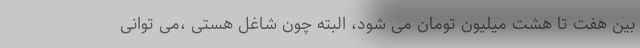
بین هفت تا هشت میلیون تومان می شود، البته چون شاغل هستی ،می توانی